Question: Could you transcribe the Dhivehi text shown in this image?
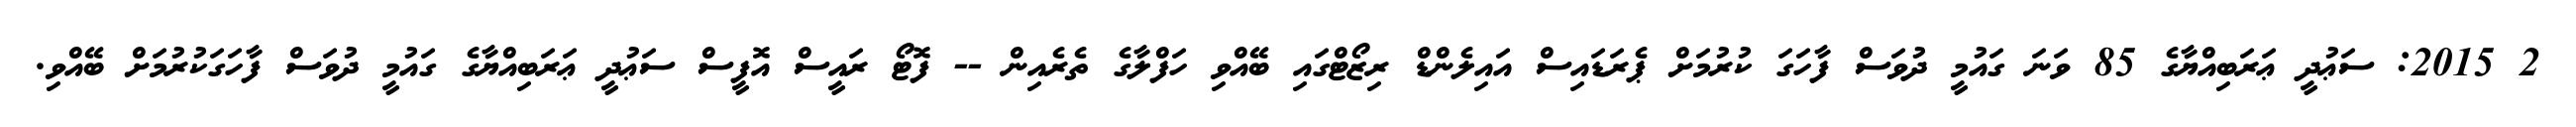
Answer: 2 2015: ސަޢުދީ ޢަރަބިއްޔާގެ 85 ވަނަ ގައުމީ ދުވަސް ފާހަގަ ކުރުމަށް ޕެރަޑައިސް އައިލެންޑް ރިޒޯޓްގައި ބޭއްވި ހަފްލާގެ ތެރެއިން -- ފޮޓޯ ރައީސް އޮފީސް ސަޢުދީ ޢަރަބިއްޔާގެ ގައުމީ ދުވަސް ފާހަގަކުރުމަށް ބޭއްވި.